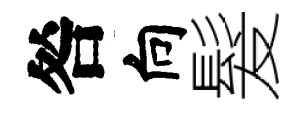
咎向髮